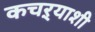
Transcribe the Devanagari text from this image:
कचऱ्याशी